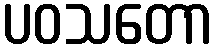
ပဝသတော